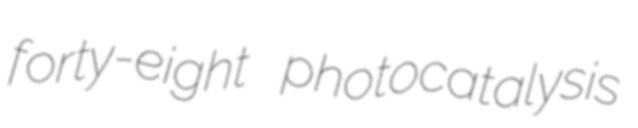
forty-eight photocatalysis